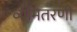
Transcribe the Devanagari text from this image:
व्योमतरणी